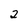
Character: 2